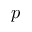
p